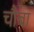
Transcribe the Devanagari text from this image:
चौबा